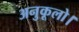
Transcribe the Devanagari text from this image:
अनुकूलो।